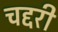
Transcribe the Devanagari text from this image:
चद्दरी